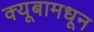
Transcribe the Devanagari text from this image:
क्यूबामधून